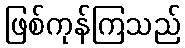
ဖြစ်ကုန်ကြသည်